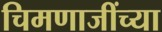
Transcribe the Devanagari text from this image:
चिमणाजींच्या